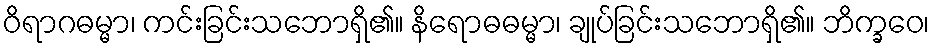
ဝိရာဂဓမ္မာ၊ ကင်းခြင်းသဘောရှိ၏။ နိရောဓဓမ္မာ၊ ချုပ်ခြင်းသဘောရှိ၏။ ဘိက္ခဝေ၊